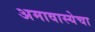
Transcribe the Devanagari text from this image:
अमावास्येचा